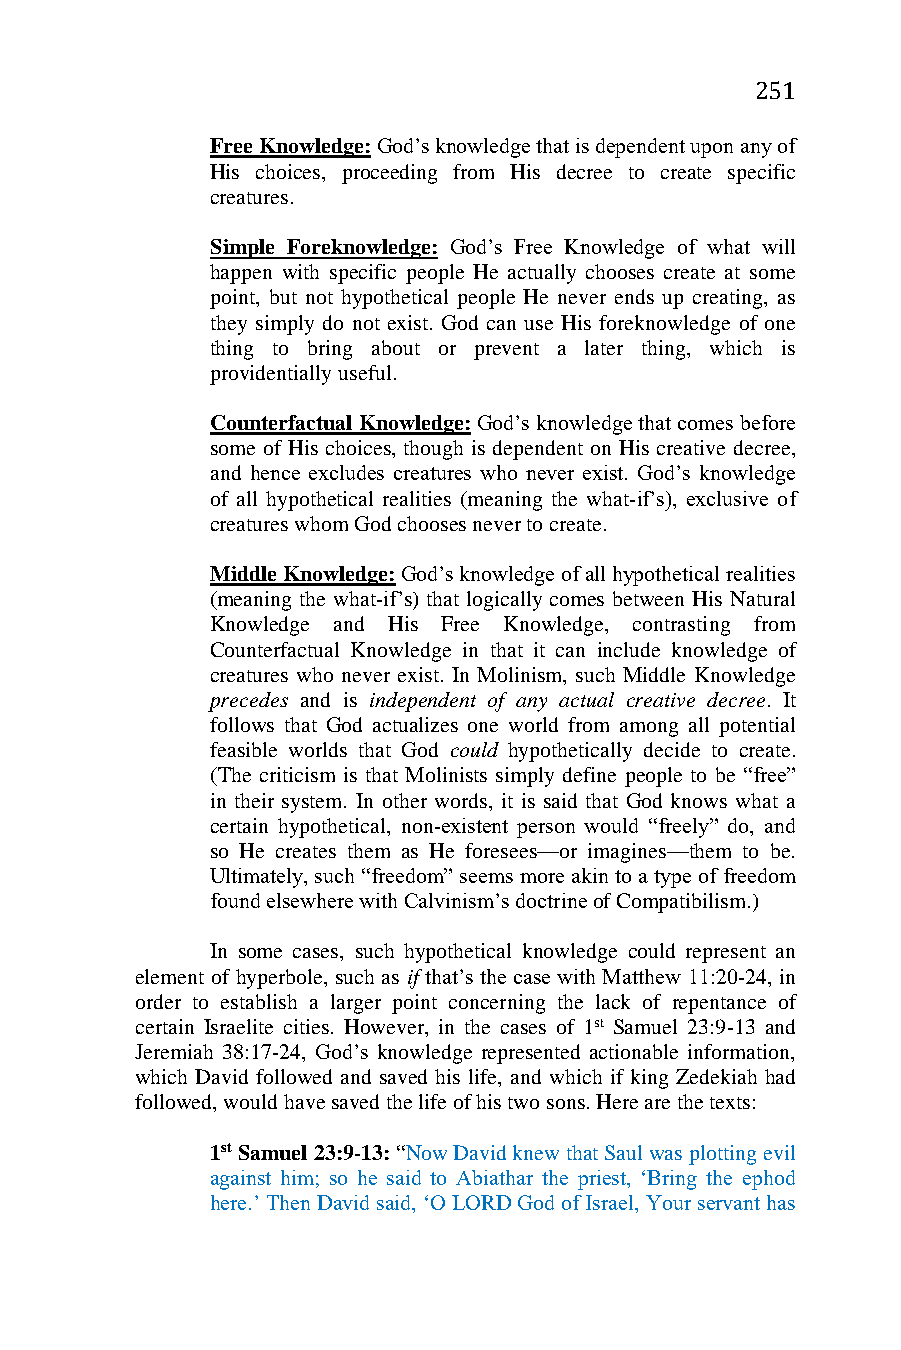
251
 Free Knowledge: God’s knowledge that is dependent upon any of
 His choices, proceeding from His decree to create specific
 creatures.
 Simple Foreknowledge: God’s Free Knowledge of what will
 happen with specific people He actually chooses create at some
 point, but not hypothetical people He never ends up creating, as
 they simply do not exist. God can use His foreknowledge of one
 thing to bring about or prevent a later thing, which is
 providentially useful.
 Counterfactual Knowledge: God’s knowledge that comes before
 some of His choices, though is dependent on His creative decree,
 and hence excludes creatures who never exist. God’s knowledge
 of all hypothetical realities (meaning the what-if’s), exclusive of
 creatures whom God chooses never to create.
 Middle Knowledge: God’s knowledge of all hypothetical realities
 (meaning the what-if’s) that logically comes between His Natural
 Knowledge and His Free Knowledge, contrasting from
 Counterfactual Knowledge in that it can include knowledge of
 creatures who never exist. In Molinism, such Middle Knowledge
 precedes and is independent of any actual creative decree. It
 follows that God actualizes one world from among all potential
 feasible worlds that God could hypothetically decide to create.
 (The criticism is that Molinists simply define people to be “free”
 in their system. In other words, it is said that God knows what a
 certain hypothetical, non-existent person would “freely” do, and
 so He creates them as He foresees—or imagines—them to be.
 Ultimately, such “freedom” seems more akin to a type of freedom
 found elsewhere with Calvinism’s doctrine of Compatibilism.)
 In some cases, such hypothetical knowledge could represent an
 element of hyperbole, such as if that’s the case with Matthew 11:20-24, in
 order to establish a larger point concerning the lack of repentance of
 certain Israelite cities. However, in the cases of 1st Samuel 23:9-13 and
 Jeremiah 38:17-24, God’s knowledge represented actionable information,
 which David followed and saved his life, and which if king Zedekiah had
 followed, would have saved the life of his two sons. Here are the texts:
 1st Samuel 23:9-13: “Now David knew that Saul was plotting evil
 against him; so he said to Abiathar the priest, ‘Bring the ephod
 here.’ Then David said, ‘O LORD God of Israel, Your servant has